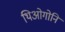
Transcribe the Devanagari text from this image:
थिओगोनि